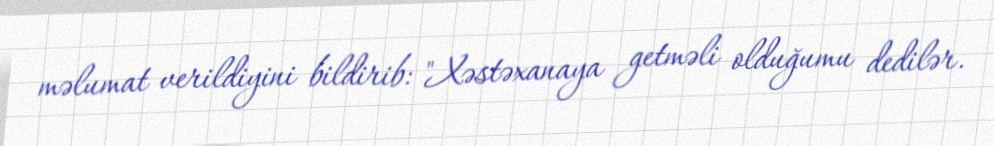
məlumat verildiyini bildirib: "Xəstəxanaya getməli olduğumu dedilər.